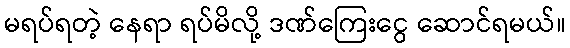
မရပ်ရတဲ့ နေရာ ရပ်မိလို့ ဒဏ်ကြေးငွေ ဆောင်ရမယ်။